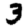
Digit: 3